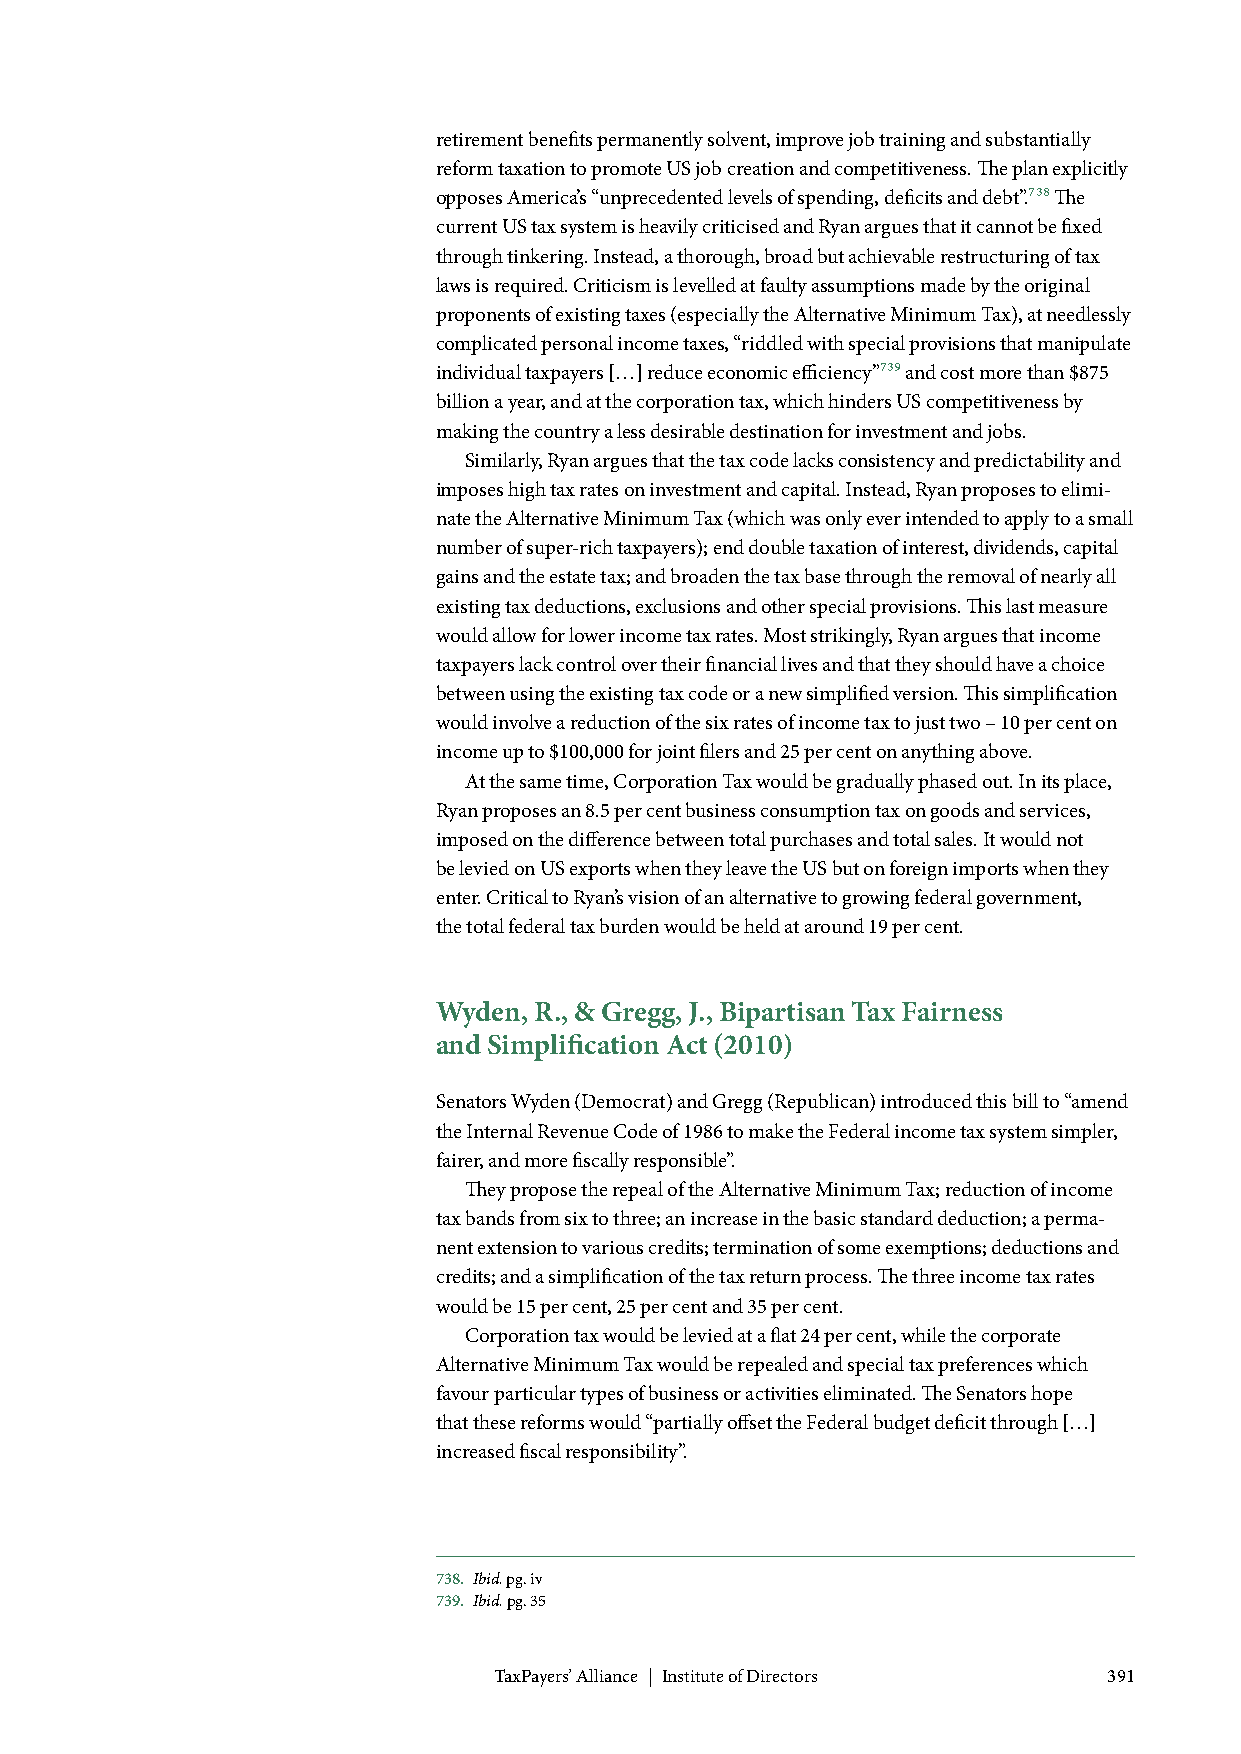
retirement benefits permanently solvent, improve job training and substantially
 reform taxation to promote US job creation and competitiveness. The plan explicitly
 opposes America’s “unprecedented levels of spending, deficits and debt”.738 The
 current US tax system is heavily criticised and Ryan argues that it cannot be fixed
 through tinkering. Instead, a thorough, broad but achievable restructuring of tax
 laws is required. Criticism is levelled at faulty assumptions made by the original
 proponents of existing taxes (especially the Alternative Minimum Tax), at needlessly
 complicated personal income taxes, “riddled with special provisions that manipulate
 individual taxpayers […] reduce economic efficiency”739 and cost more than $875
 billion a year, and at the corporation tax, which hinders US competitiveness by
 making the country a less desirable destination for investment and jobs.
 Similarly, Ryan argues that the tax code lacks consistency and predictability and
 imposes high tax rates on investment and capital. Instead, Ryan proposes to elimi-
 nate the Alternative Minimum Tax (which was only ever intended to apply to a small
 number of super-rich taxpayers); end double taxation of interest, dividends, capital
 gains and the estate tax; and broaden the tax base through the removal of nearly all
 existing tax deductions, exclusions and other special provisions. This last measure
 would allow for lower income tax rates. Most strikingly, Ryan argues that income
 taxpayers lack control over their financial lives and that they should have a choice
 between using the existing tax code or a new simplified version. This simplification
 would involve a reduction of the six rates of income tax to just two – 10 per cent on
 income up to $100,000 for joint filers and 25 per cent on anything above.
 At the same time, Corporation Tax would be gradually phased out. In its place,
 Ryan proposes an 8.5 per cent business consumption tax on goods and services,
 imposed on the difference between total purchases and total sales. It would not
 be levied on US exports when they leave the US but on foreign imports when they
 enter. Critical to Ryan’s vision of an alternative to growing federal government,
 the total federal tax burden would be held at around 19 per cent.
 Wyden, R., & Gregg, J., Bipartisan Tax Fairness
 and Simplification Act (2010)
 Senators Wyden (Democrat) and Gregg (Republican) introduced this bill to “amend
 the Internal Revenue Code of 1986 to make the Federal income tax system simpler,
 fairer, and more fiscally responsible”.
 They propose the repeal of the Alternative Minimum Tax; reduction of income
 tax bands from six to three; an increase in the basic standard deduction; a perma-
 nent extension to various credits; termination of some exemptions; deductions and
 credits; and a simplification of the tax return process. The three income tax rates
 would be 15 per cent, 25 per cent and 35 per cent.
 Corporation tax would be levied at a flat 24 per cent, while the corporate
 Alternative Minimum Tax would be repealed and special tax preferences which
 favour particular types of business or activities eliminated. The Senators hope
 that these reforms would “partially offset the Federal budget deficit through […]
 increased fiscal responsibility”.
 738. Ibid. pg. iv
 739. Ibid. pg. 35
 TaxPayers’ Alliance | Institute of Directors 391